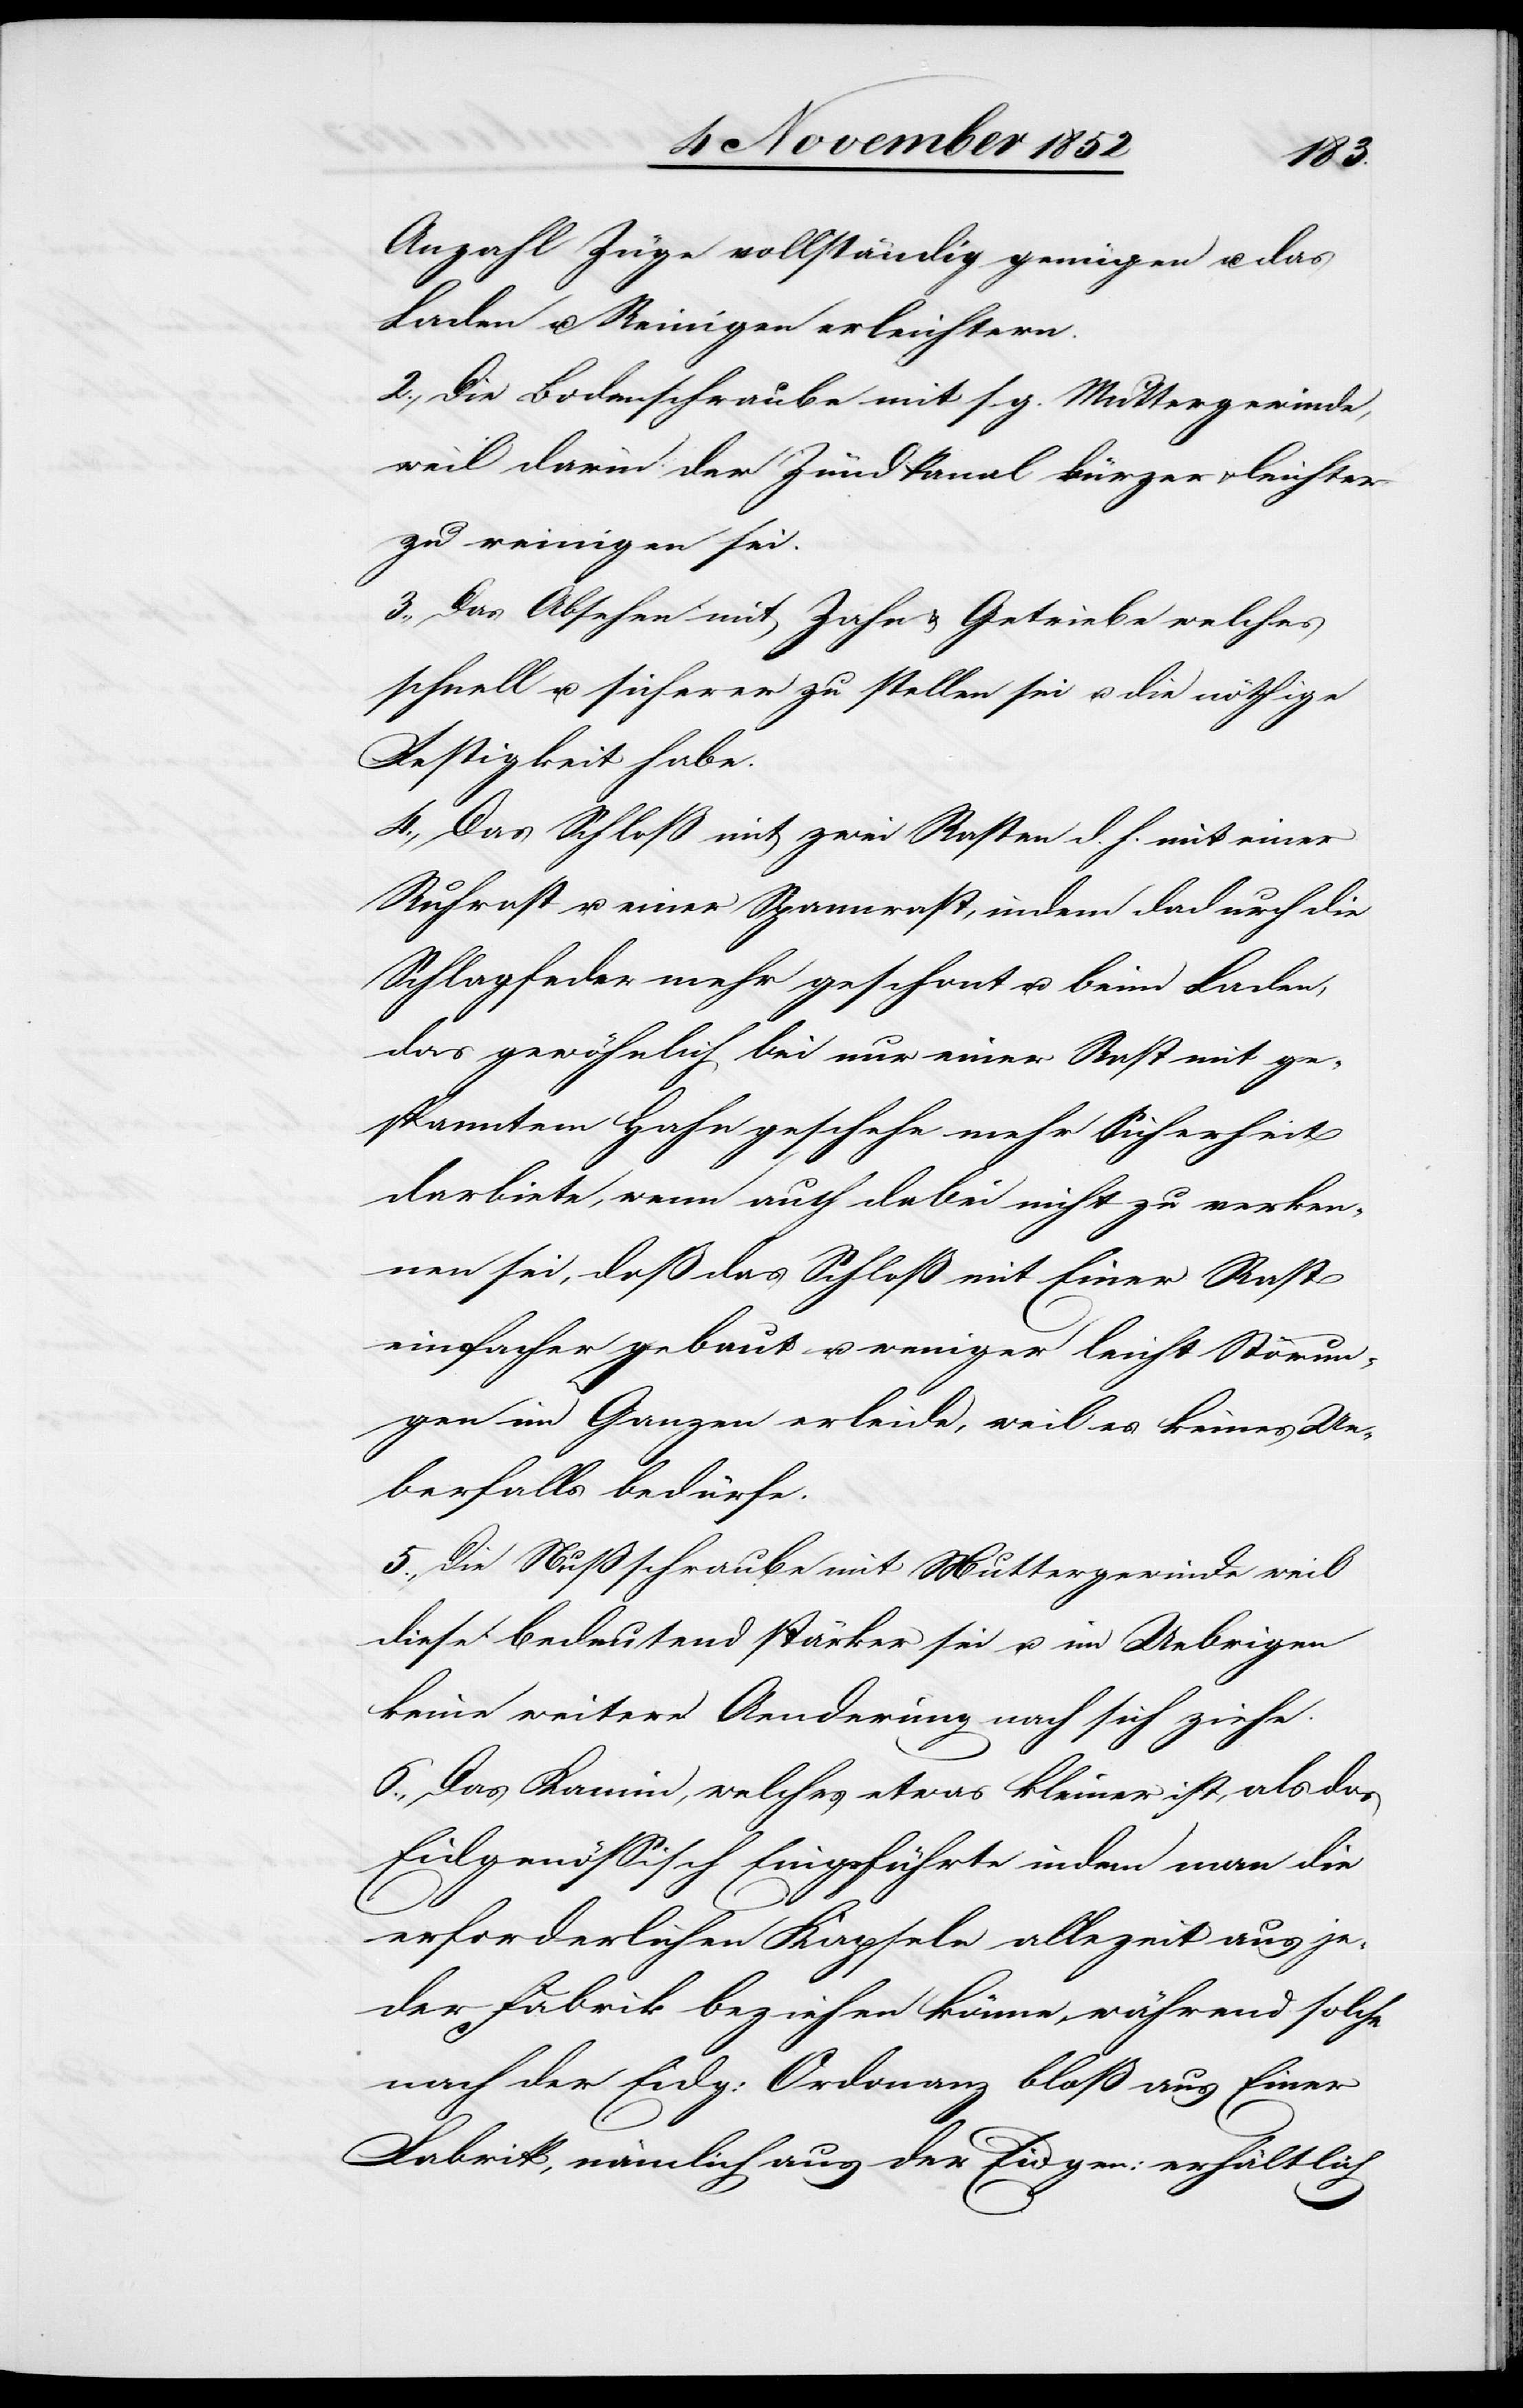
Anzahl Züge vollständig genügen u. das
Laden u. Reinigen erleichtern.
Die Bodenschraube mit s. g. Muttergewinde,
weil darin der Zündkanal kürzer & leichter
zu reinigen sei.
Das Absehen mit Zahn & Getriebe welches
schnell u. sicherer zu stellen sei u. die nöthige
Festigkeit habe.
Das Schloß mit zwei Rasten d. h. mit einer
Ruhrast u. einer Spannrast, indem dadurch die
Schlagfeder mehr geschont u. beim Laden,
das gewöhnlich bei nur einer Rast mit ge¬
spanntem Hahn geschehe mehr Sicherheit
darbiete, wenn auch dabei nicht zu verken¬
nen sei, daß das Schloß mit Einer Rast
einfacher gebaut u. weniger leicht Störun¬
gen im Ganzen erleide, weil es keines Ue¬
berfalls bedürfe.
Die Nußschraube mit Muttergewinde weil
diese bedeutend stärker sei u. im Uebrigen
keine weitere Aenderung nach sich ziehe.
Das Kamin, welches etwas kleiner ist, als das
Eidgenössisch Eingeführte indem man die
erforderlichen Kapseln allezeit aus je¬
der Fabrik beziehen könne, während solche
nach der Eidg: Ordonanz bloß aus Einer
Fabrik, nämlich aus der Eidgen: erhältlich